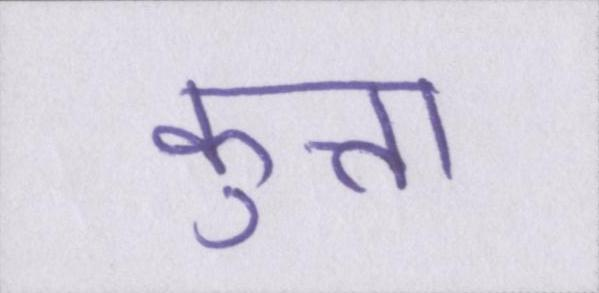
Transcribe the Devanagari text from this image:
कुत्ता